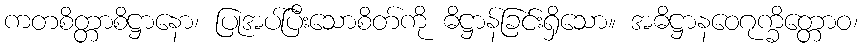
ကတစိတ္တာစိဋ္ဌာနော၊ ပြုအပ်ပြီးသောစိတ်ကို ဓိဋ္ဌာန်ခြင်းရှိသော။ အဓိဋ္ဌာနဝေဂုက္ခိတ္တောဝ၊